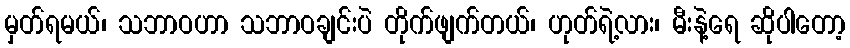
မှတ်ရမယ်၊ သဘာဝဟာ သဘာဝချင်းပဲ တိုက်ဖျက်တယ်၊ ဟုတ်ရဲ့လား၊ မီးနဲ့ရေ ဆိုပါတော့